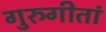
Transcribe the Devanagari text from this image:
गुरुगीतां